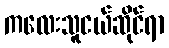
ကလေးသူငယ်ဆိုင်ရာ